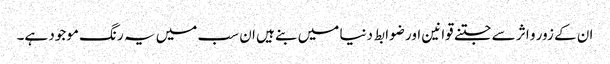
ان کے زور و اثر سے جتنے قوانین اور ضوابط دنیا میں بنے ہیں ان سب میں یہ رنگ موجود ہے۔